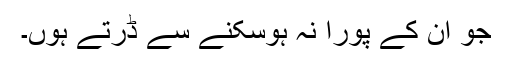
جو ان کے پورا نہ ہوسکنے سے ڈرتے ہوں۔